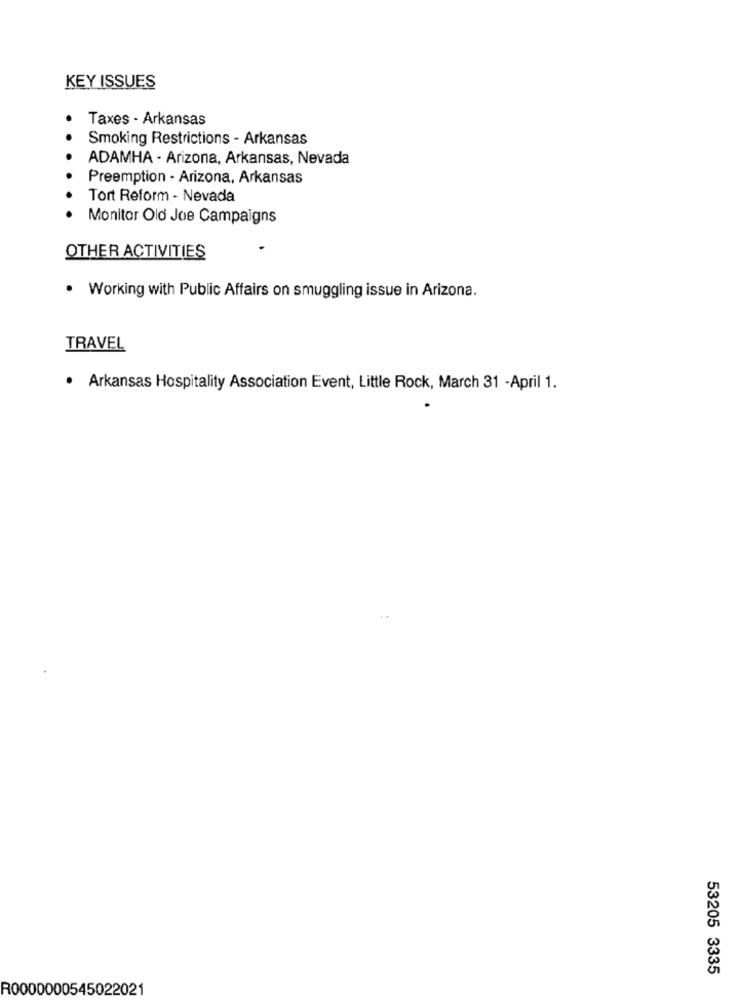
KEY ISSUES
Taxes - Arkansas
Smoking Restrictions - Arkansas
ADAMHA - Arizona, Arkansas, Nevada
Preemption - Arizona, Arkansas
Tort Reform - Nevada
Monitor Old Joe Campaigns
OTHER ACTIVITIES
· Working with Public Affairs on smuggling issue in Arizona.
TRAVEL
· Arkansas Hospitality Association Event, Little Rock, March 31 -April 1.
53205 3335
R0000000545022021